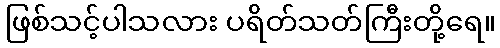
ဖြစ်သင့်ပါသလား ပရိတ်သတ်ကြီးတို့ရေ။